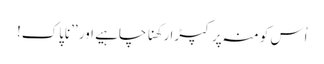
اُس کو منہ پر کپڑا رکھنا چاہیے اور ’’ناپاک!